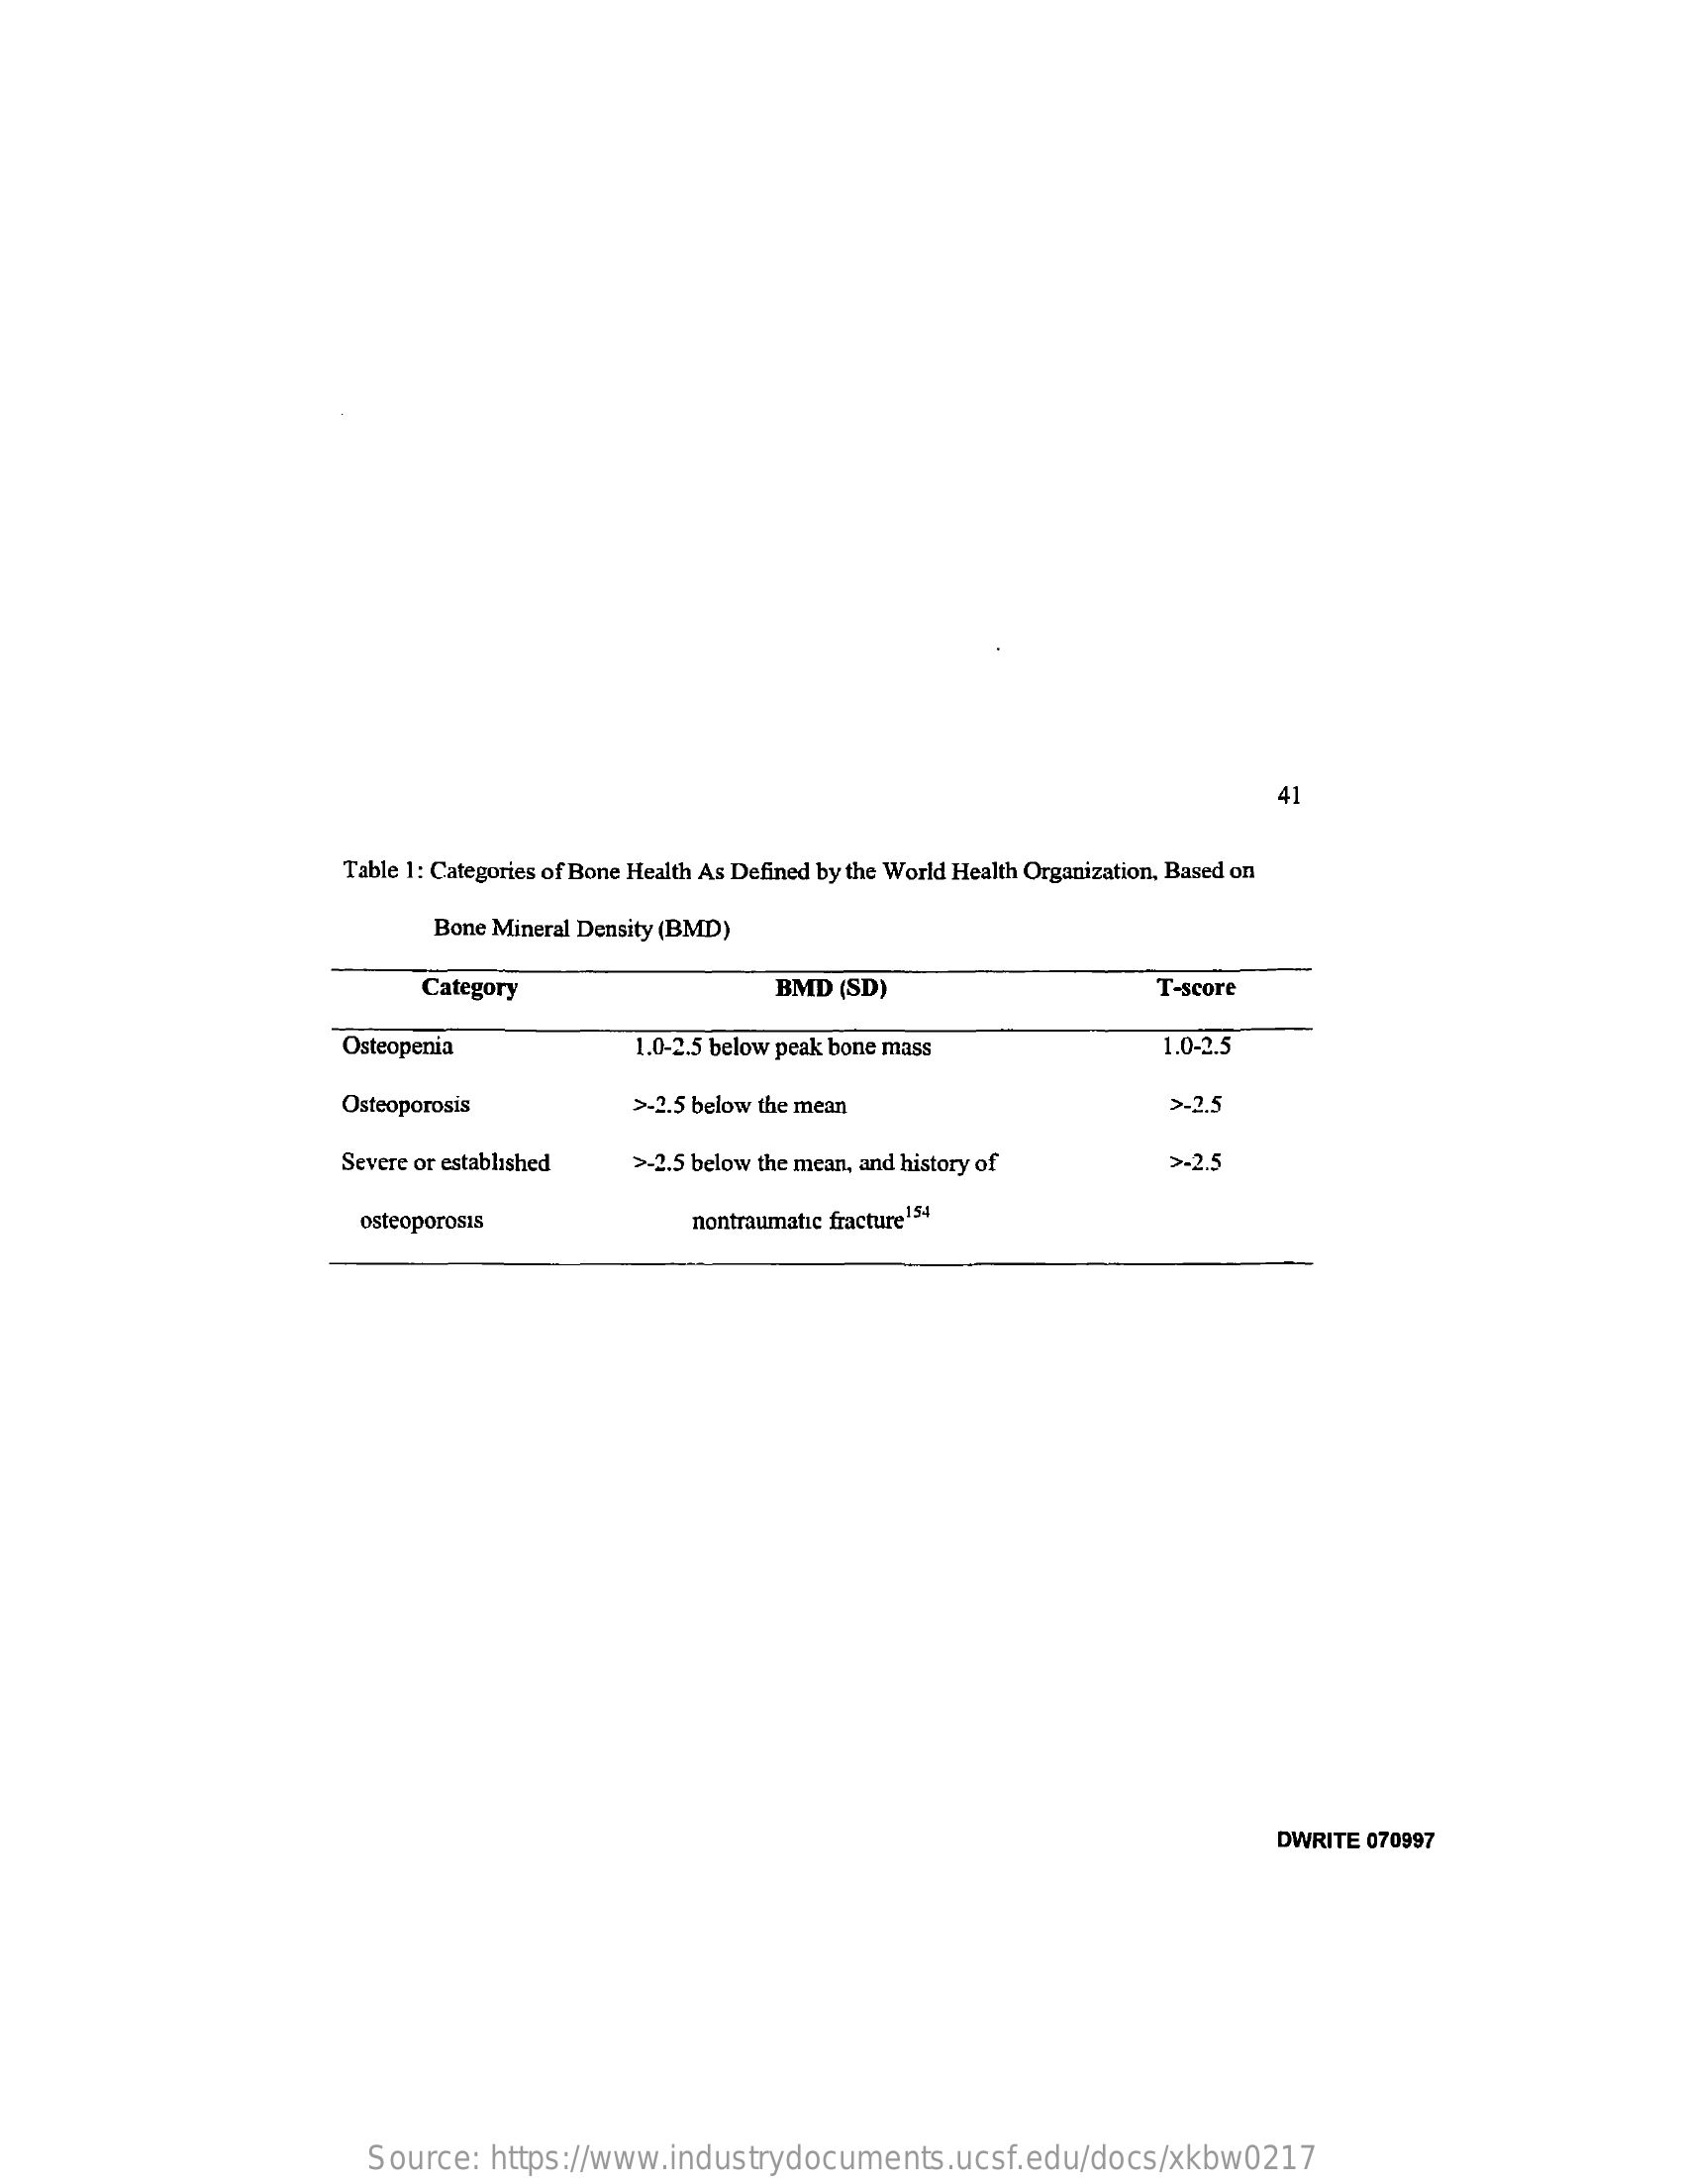
41
     Table 1: Categories of Bone Health As Defined by the World Health Organization, Based on
     Bone Mineral Density (BMD)
     Category    BMD  (SD)    T-score
     Osteopenia    1.0-2.5 below peak bone mass    1.0-2.5
     Osteoporosis    >-2.5 below the mean    >-2,5
     Severe or established  >-2.5 below the mean, and history of    >-2.5
     osteoporosis    nontraumatic fracture 1 54
     DWRITE  070997
     Source:   https://www.industrydocuments.ucsf.edu/docs/xkbw0217